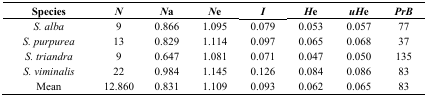
<table><thead><tr><td><b>Species</b></td><td><b><i>N</i></b></td><td><b><i>N</i>a</b></td><td><b><i>N</i>e</b></td><td><b><i>I</i></b></td><td><b><i>H</i>e</b></td><td><b><i>uH</i>e</b></td><td><b><i>PrB</i></b></td></tr></thead><tbody><tr><td><i>S. alba</i></td><td>9</td><td>0.866</td><td>1.095</td><td>0.079</td><td>0.053</td><td>0.057</td><td>77</td></tr><tr><td><i>S. purpurea</i></td><td>13</td><td>0.829</td><td>1.114</td><td>0.097</td><td>0.065</td><td>0.068</td><td>37</td></tr><tr><td><i>S. triandra</i></td><td>9</td><td>0.647</td><td>1.081</td><td>0.071</td><td>0.047</td><td>0.050</td><td>135</td></tr><tr><td><i>S. viminalis</i></td><td>22</td><td>0.984</td><td>1.145</td><td>0.126</td><td>0.084</td><td>0.086</td><td>83</td></tr><tr><td>Mean</td><td>12.860</td><td>0.831</td><td>1.109</td><td>0.093</td><td>0.062</td><td>0.065</td><td>83</td></tr></tbody></table>